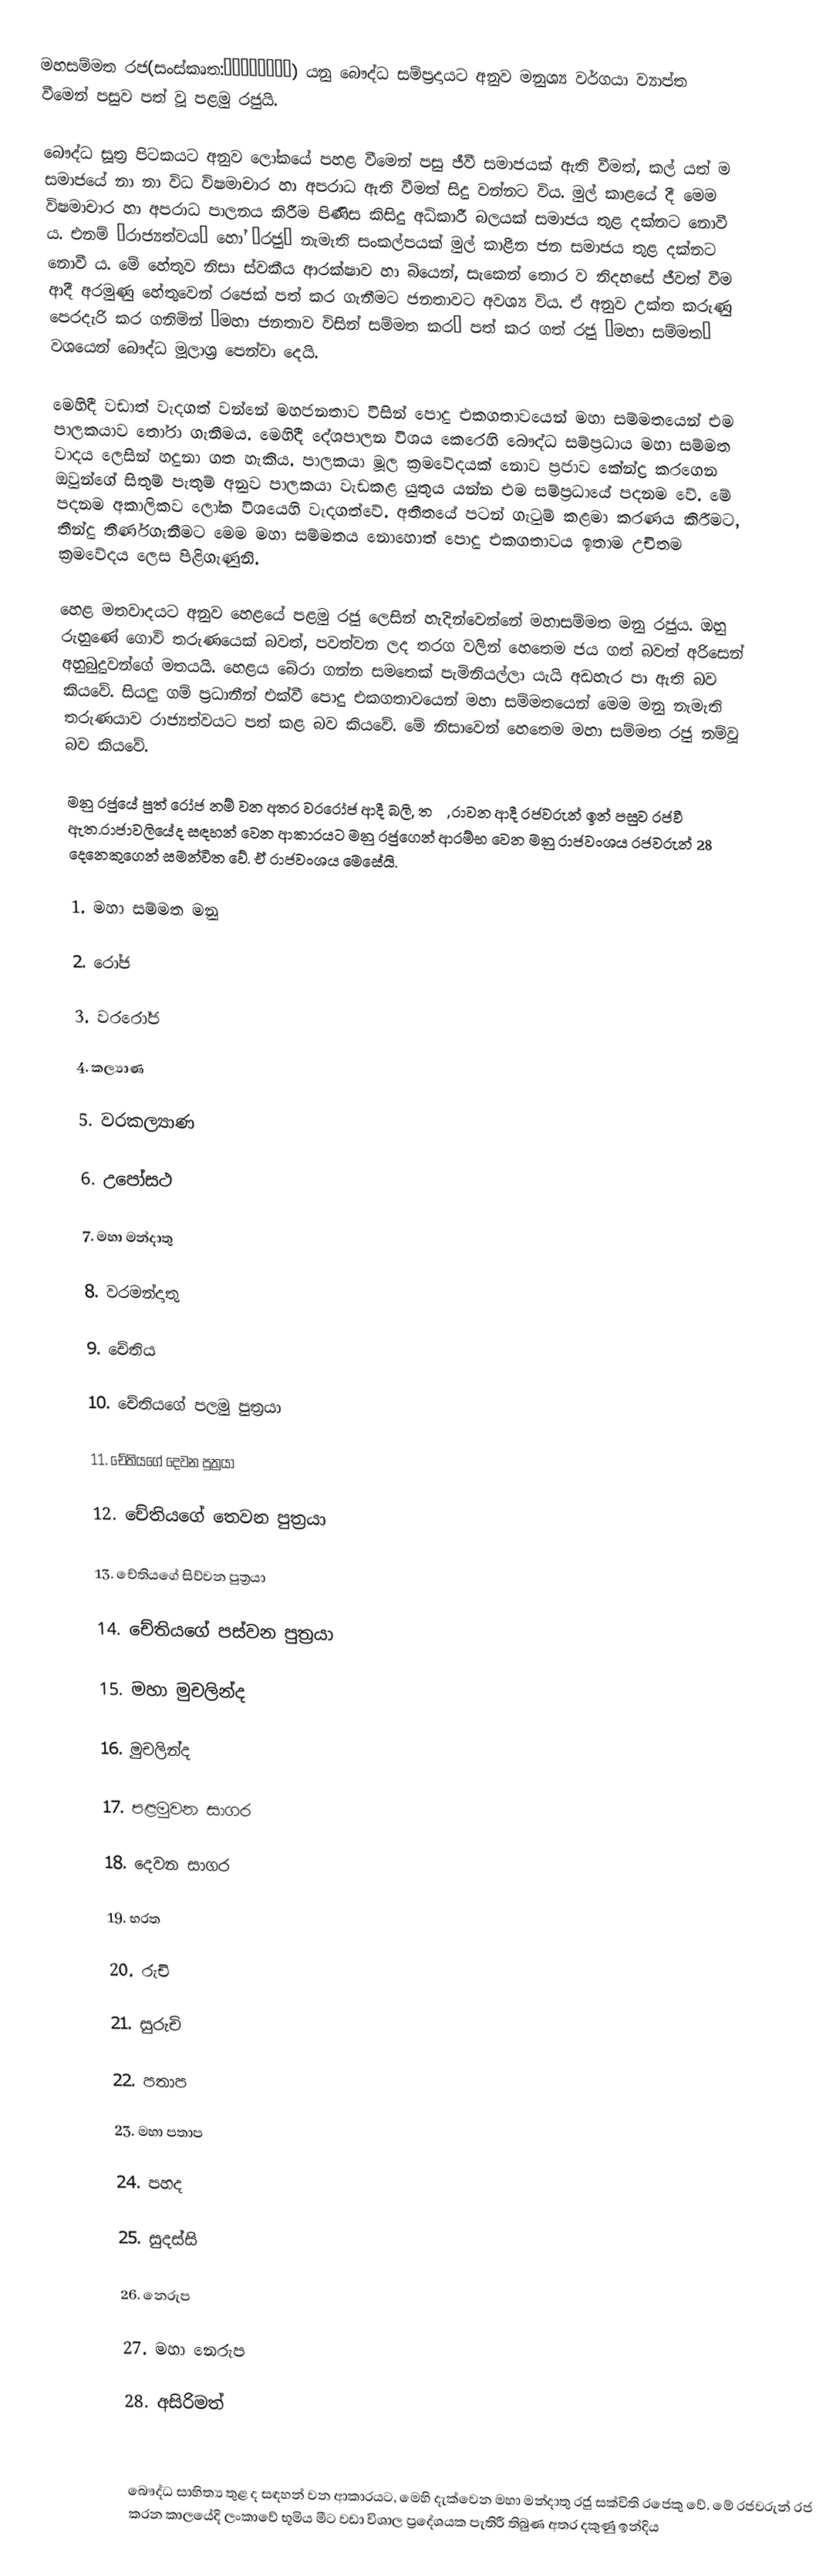
මහසම්මත රජ(සංස්කෘත:महासम्मत) යනු බෞද්ධ සම්ප්‍රදායට අනුව මනුශ්‍ය වර්ගයා ව්‍යාප්ත වීමෙන් පසුව පත් වූ පළමු රජුයි.

බෞද්ධ සූත්‍ර පිටකයට අනුව ලෝකයේ පහළ වීමෙන් පසු ජීවී සමාජයක් ඇති වීමත්, කල් යත් ම සමාජයේ නා නා විධ විෂමාචාර හා අපරාධ ඇති වීමත් සිදු වන්නට විය. මුල් කාළයේ දී මෙම විෂමාචාර හා අපරාධ පාලනය කිරීම පිණිස කිසිදු අධිකාරී බලයක් සමාජය තුළ දක්නට නොවී ය. එනම් ‘රාජ්‍යත්වය’ හෝ ‘රජු’ නැමැති සංකල්පයක් මුල් කාළීන ජන සමාජය තුළ දක්නට නොවී ය. මේ හේතුව නිසා ස්වකීය ආරක්ෂාව හා බියෙන්, සැකෙන් තොර ව නිදහසේ ජීවත් වීම ආදී අරමුණු හේතුවෙන් රජෙක් පත් කර ගැනීමට ජනතාවට අවශ්‍ය විය. ඒ අනුව උක්ත කරුණු පෙරදැරි කර ගනිමින් ‘මහා ජනතාව විසින් සම්මත කර’ පත් කර ගත් රජු ‘මහා සම්මත’ වශයෙන් බෞද්ධ මූලාශ්‍ර පෙන්වා දෙයි.

මෙහිදී වඩාත් වැදගත් වන්නේ මහජනතාව විසින් පොදු එකගතාවයෙන් මහා සම්මතයෙන් එම පාලකයාව තෝරා ගැනීමය. මෙහිදී දේශපාලන විශය කෙරෙහි බෞද්ධ සම්ප්‍රධාය මහා සම්මත වාදය ලෙසින් හදුනා ගත හැකිය. පාලකයා මූල ක්‍රමවේදයක් නොව ප්‍රජාව කේන්ද්‍ර කරගෙන ඔවුන්ගේ සිතුම් පැතුම් අනුව පාලකයා වැඩකළ යුතුය යන්න එම සම්ප්‍රධායේ පදනම වේ. මේ පදනම අකාලිකව ලෝක විශයෙහි වැදගත්වේ. අතීතයේ පටන් ගැටුම් කළමා කරණය කිරීමට, තීන්දු තීර්ණගැනීමට මෙම මහා සම්මතය නොහොත් පොදු එකගතාවය ඉතාම උචිතම ක්‍රමවේදය ලෙස පිළිගැණුනි.

හෙළ මතවාදයට අනුව හෙළයේ පළමු රජු ලෙසින් හැදින්වෙන්නේ මහාසම්මත මනු රජුය. ඔහු රුහුණේ ගොවි තරුණයෙක් බවත්, පවත්වන ලද තරග වලින් හෙතෙම ජය ගත් බවත් අරිසෙන් අහුබුදුවන්ගේ මතයයි. හෙළය බේරා ගන්න සමතෙක් පැමිනියල්ලා යැයි අඩහැර පා ඇති බව කියවේ. සියලු ගම් ප්‍රධානීන් එක්වී පොදු එකගතාවයෙන් මහා සම්මතයෙන් මෙම මනු නැමැති තරුණයාව රාජ්‍යත්වයට පත් කළ බව කියවේ. මේ නිසාවෙන් හෙතෙම මහා සම්මත රජු නම්වූ බව කියවේ.

මනු රජුයේ පුත් රෝජ නම් වන අතර වරරෝජ ආදී බලි, තරු, රාවන ආදී රජවරුන් ඉන් පසුව රජවී ඇත.රාජාවලියේද සඳහන් වෙන ආකාරයට මනු රජුගෙන් ආරම්භ වෙන මනු රාජවංශය රජවරුන් 28 දෙනෙකුගෙන් සමන්විත වේ. ඒ රාජවංශය මෙසේයි.

1.   මහා සම්මත මනු

2.   රෝජ

3.   වරරෝජ

4.   කල්‍යාණ

5.   වරකල්‍යාණ

6.   උපෝසථ

7.   මහා මන්දාතු

8.   වරමන්දාතු

9.   චේතිය

10. චේතියගේ පලමු පුත්‍රයා

11. චේතියගේ දෙවන පුත්‍රයා

12. චේතියගේ තෙවන පුත්‍රයා

13. චේතියගේ සිව්වන පුත්‍රයා

14. චේතියගේ පස්වන පුත්‍රයා

15. මහා මුචලින්ද

16. මුචලින්ද

17. පළමුවන සාගර

18. දෙවන සාගර

19. භරත

20. රුචි

21. සුරුචි

22. පතාප

23. මහා පතාප

24. පහද

25. සුදස්සි

26. නෙරුප

27. මහා නෙරුප

28. අසිරිමත්

                        

බෞද්ධ සාහිත්‍ය තුළ ද සඳහන් වන ආකාරයට, මෙහි දැක්වෙන මහා මන්දාතු රජු සක්විති රජෙකු වේ. මේ රජවරුන් රජ කරන කාලයේදි ලංකාවේ භූමිය මීට වඩා විශාල ප්‍රදේශයක පැතිරී තිබුණ අතර දකුණු ඉන්දිය